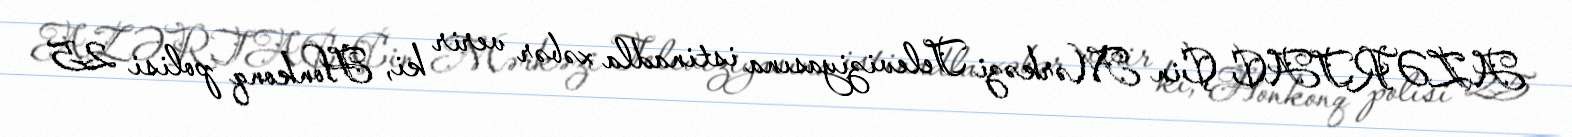
AZƏRTAC Çin Mərkəzi Televiziyasına istinadla xəbər verir ki, Honkonq polisi 25